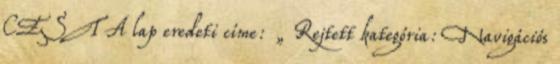
CEST A lap eredeti címe: „ Rejtett kategória: Navigációs